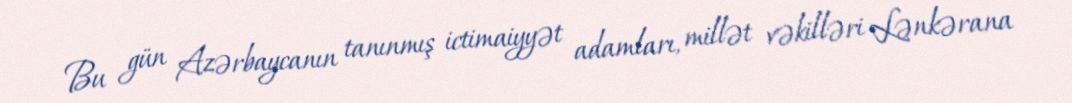
Bu gün Azərbaycanın tanınmış ictimaiyyət adamları, millət vəkilləri Lənkərana